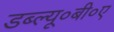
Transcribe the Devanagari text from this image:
डब्ल्यू०बी०ए